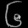
Digit: ၆